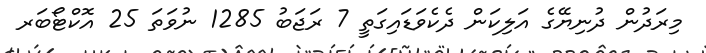
މިރަދުން ދުނިޔޭގެ އަލިކަން ދެކެވަޑައިގަތީ 7 ރަޖަބު 1285 ނުވަތަ 25 އޮކްޓޯބަރ